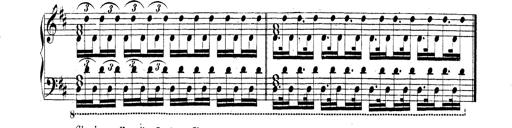
Title: Technische Studien
Composer: Franz Liszt